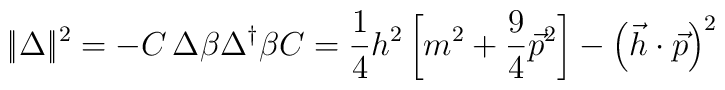
|\!|\Delta |\!|^2=-C\,\Delta \beta \Delta ^{\dagger }\beta C=\frac14h^2\left[ m^2+\frac 94\vec p^2\right] -\left( \vec h\cdot \vec p\right) ^2